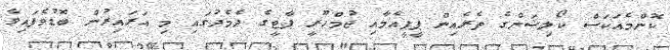
ކޮންމެއަކަސް ކޯލިޝަންގެ ތެރެއިން ޕީޕީއެމާއި ޖުމްހޫރީ ޕާޓީގެ ދެމެދުގައި މި އަރައިރުން ބޮޑުވެފައިވާ